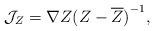
LaTeX: \begin{align*}{\cal J}_Z=\nabla Z{(Z-\overline{Z})}^{-1},\end{align*}